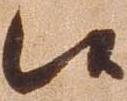
候